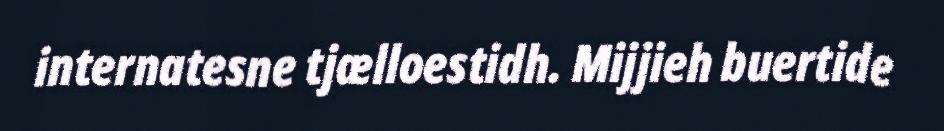
internatesne tjælloestidh. Mijjieh buertide